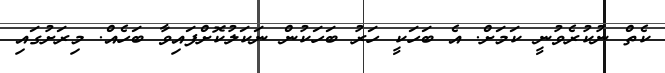
ކެތް ނުކުރެވުނީ ކަމަށް. އެ ބަހަކީ ހަރު ބަހަކުން ނަކަލުކޮށްފައިވާ ބަހެއް. މިރަށުގައި